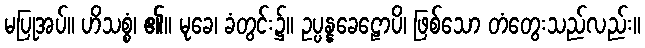
မပြုအပ်။ ဟိသစ္စံ၊ ၏။ မုခေ၊ ခံတွင်း၌။ ဥပ္ပန္နခေဠောပိ၊ ဖြစ်သော တံတွေးသည်လည်း။